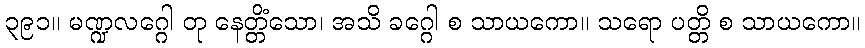
၃၉၁။ မဏ္ဍလဂ္ဂေါ တု နေတ္တိံသော၊ အသိ ခဂ္ဂေါ စ သာယကော။ သရော ပတ္တိ စ သာယကော။